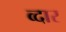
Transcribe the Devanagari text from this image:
व्दार